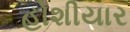
હોશીયાર